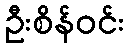
ဦးစိန်ဝင်း